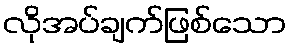
လိုအပ်ချက်ဖြစ်သော